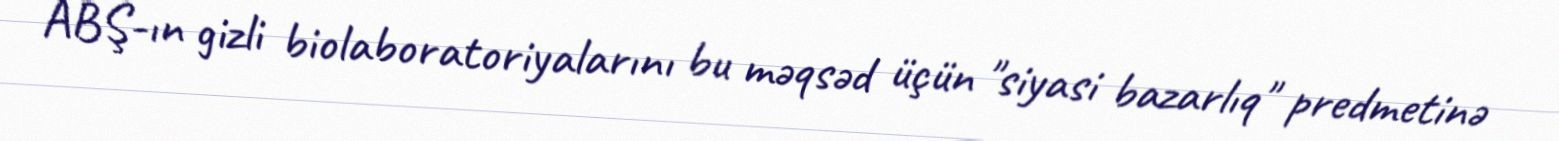
ABŞ-ın gizli biolaboratoriyalarını bu məqsəd üçün "siyasi bazarlıq" predmetinə